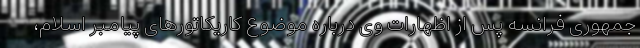
جمهوری فرانسه پس از اظهارات وی درباره موضوع کاریکاتورهای پیامبر اسلام،